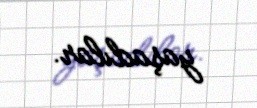
yaşadılar.